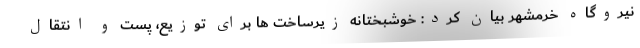
نیروگاه خرمشهر بیان کرد: خوشبختانه زیرساخت ها برای توزیع، پست و انتقال